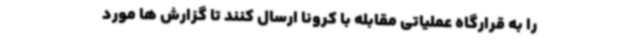
را به قرارگاه عملیاتی مقابله با کرونا ارسال کنند تا گزارش ها مورد